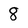
Character: 8